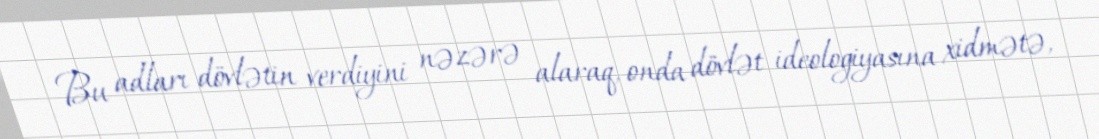
Bu adları dövlətin verdiyini nəzərə alaraq, onda dövlət ideologiyasına xidmətə,